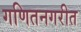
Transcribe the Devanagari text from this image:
गणितनगरीत